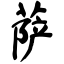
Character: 萨